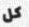
كل